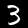
Label: 3